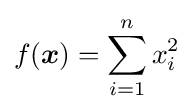
f({\boldsymbol {x}})=\sum _{i=1}^{n}x_{i}^{2}